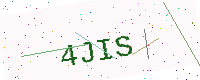
Text: 4JIS